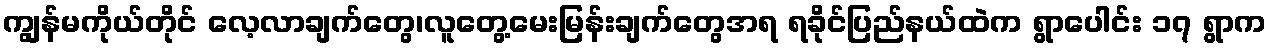
ကျွန်မကိုယ်တိုင် လေ့လာချက်တွေ၊လူတွေ့မေးမြန်းချက်တွေအရ ရခိုင်ပြည်နယ်ထဲက ရွာပေါင်း ၁၇ ရွာက